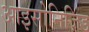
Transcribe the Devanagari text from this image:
आइसोनिज़िड